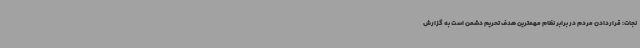
نجات: قراردادن مردم در برابر نظام مهمترین هدف تحریم دشمن است به گزارش